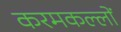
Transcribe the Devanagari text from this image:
करमकल्लों